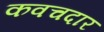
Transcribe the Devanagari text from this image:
कवचदार